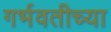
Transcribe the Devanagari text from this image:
गर्भवतीच्या